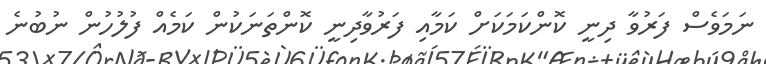
ނަމަވެސް ފަރުވާ ދިނީ ކޮންކަމަކަށް ކަމާއި ފަރުވާދިނީ ކޮންތަނަކުން ކަމެއް ފުލުހުން ނުބުނެ